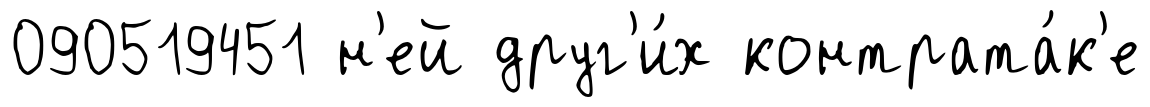
090519451 н'ей друг'и́х контрата́к'е